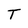
Character: T